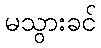
မသွားခင်